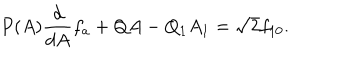
P ( A ) \frac { d } { d A } f _ { a } + Q A - Q _ { 1 } A _ { 1 } = \sqrt { 2 } f _ { 1 0 } .